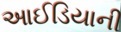
આઈડિયાની